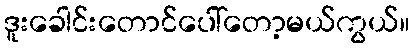
ဒူးခေါင်းတောင်ပေါ်တော့မယ်ကွယ်။